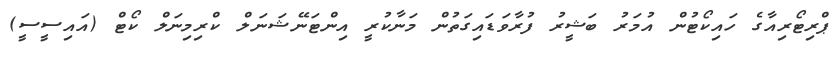
ޕްރިޓޯރިއާގެ ހައިކޯޓުން އުމަރު ބަޝީރު ފުރާވަޑައިގަތުން މަނާކުރީ އިންޓަނޭޝަނަލް ކްރިމިނަލް ކޯޓް (އައިސީސީ)